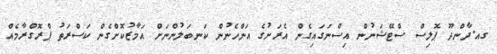
ގއ.ދާންދޫ ޕޮލިސް ސްޓޭޝަނުން އިސްނަގައިގެން އެރަށުގެ އަންހެނުން ކަނބަލުންނަށް އަމާޒުކޮށްގެން ކަސްރަތު ޕްރޮގްރާމެއް